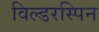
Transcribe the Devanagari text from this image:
विल्डरस्पिन